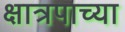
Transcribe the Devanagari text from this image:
क्षात्रपाच्या